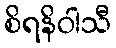
စိရနိဝါသီ